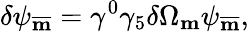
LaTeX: \delta\psi_{\overline{{{\mathbf m}}}}=\gamma^{0}\gamma_{5}\delta\Omega_{\mathbf m}\psi_{\overline{{{\mathbf m}}}},